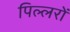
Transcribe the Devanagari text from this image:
पिल्लरों